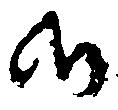
候